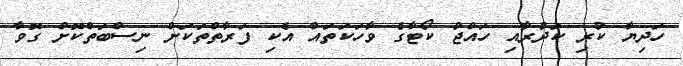
ހަދިޔާ ކުރި ކަދުރާއި ހައްޖު ކޯޓާގެ ވާހަކަތައް އެކި ފަރާތްތަކަށް ނިސްބަތްކޮށް ގޮވާ